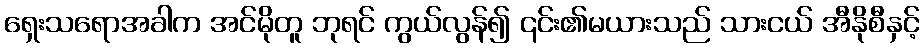
ရှေးသရောအခါက အင်မိုတူ ဘုရင် ကွယ်လွန်၍ ၎င်း၏မယားသည် သားငယ် အီနိုစီနှင့်